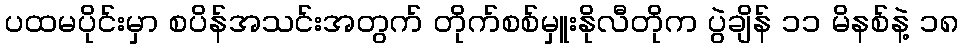
ပထမပိုင်းမှာ စပိန်အသင်းအတွက် တိုက်စစ်မှူးနိုလီတိုက ပွဲချိန် ၁၁ မိနစ်နဲ့ ၁၈